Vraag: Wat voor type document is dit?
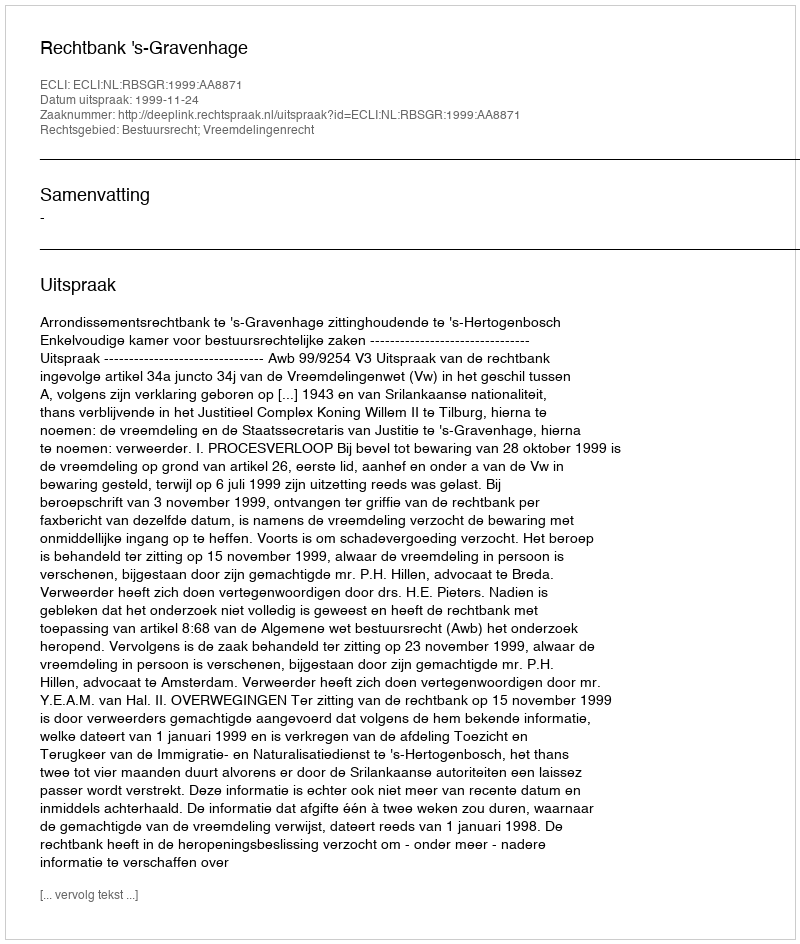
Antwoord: Uitspraak